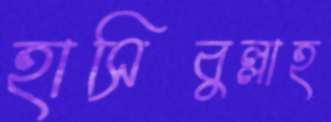
হাসিবুল্লাহ